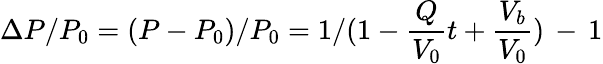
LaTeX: {\Delta P}/{P_{0}}={(P-P_{0})}/{P_{0}}={1}/({1-\frac{Q}{V_{0}}t+\frac{V_{b}}{V_{0}}})\, -\, 1